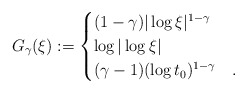
\begin{align*}G_\gamma(\xi ) := \begin{cases}(1-\gamma) |\log \xi |^{1-\gamma} & \\\log|\log \xi | & \\(\gamma-1) (\log t_0)^{1-\gamma}& .\end{cases}\end{align*}